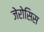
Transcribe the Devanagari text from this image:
जेरोसिस